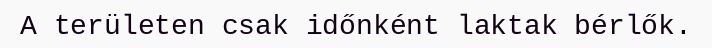
A területen csak időnként laktak bérlők.